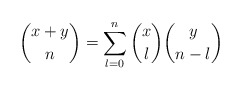
\begin{align*} \binom{x+y}{n}=\sum_{l=0}^n\binom{x}{l}\binom{y}{n-l} \end{align*}